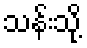
သန်းသို့